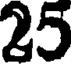
25